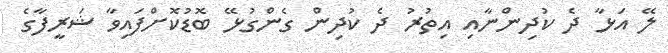
ލޭ އަޅާ ދެ ކުދިންނާއި އިތުރު ދެ ކުދިން ގެންގުޅޭ ބޮޑުކޮށްފައިވާ ޝަރީފާގެ